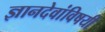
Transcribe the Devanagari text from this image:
ज्ञानदेवांविषयी